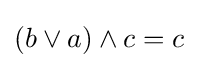
(b\vee a)\wedge c=c